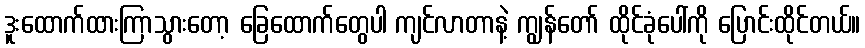
ဒူးထောက်ထားကြာသွားတော့ ခြေထောက်တွေပါ ကျင်လာတာနဲ့ ကျွန်တော် ထိုင်ခုံပေါ်ကို ပြောင်းထိုင်တယ်။